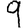
Digit: 9